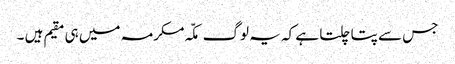
جس سے پتا چلتا ہے کہ یہ لوگ مکّہ مکرمہ میں ہی مقیم ہیں ۔